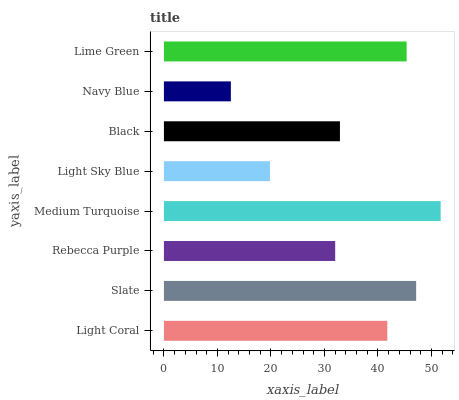
| yaxis_label | bars |
 | --- | --- |
 | Light Coral | 41.8 |
 | Slate | 47.1 |
 | Rebecca Purple | 32 |
 | Medium Turquoise | 51.7 |
 | Light Sky Blue | 19.8 |
 | Black | 32.9 |
 | Navy Blue | 12.5 |
 | Lime Green | 45.4 |